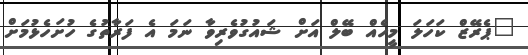
"ޕެރޭޒް ކަހަލަ މީހެއް ބޭލް އަށް ޝައުގުވެރިވާ ނަމަ އެ ފަރާތުގެ ހުށަހެޅުމަށް